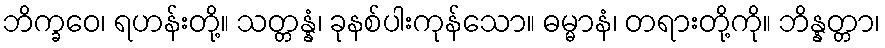
ဘိက္ခဝေ၊ ရဟန်းတို့။ သတ္တန္နံ၊ ခုနစ်ပါးကုန်သော။ ဓမ္မာနံ၊ တရားတို့ကို။ ဘိန္နတ္တာ၊